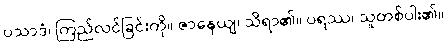
ပသာဒံ၊ ကြည်လင်ခြင်းကို။ ဇာနေယျ၊ သိရာ၏။ ပရဿ၊ သူတစ်ပါး၏။